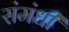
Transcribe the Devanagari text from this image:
संमंधी